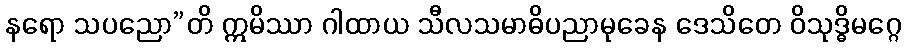
နရော သပညော”တိ ဣမိဿာ ဂါထာယ သီလသမာဓိပညာမုခေန ဒေသိတေ ဝိသုဒ္ဓိမဂ္ဂေ